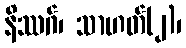
နိဿဂ်၊ သာဟတ်(၂)၊